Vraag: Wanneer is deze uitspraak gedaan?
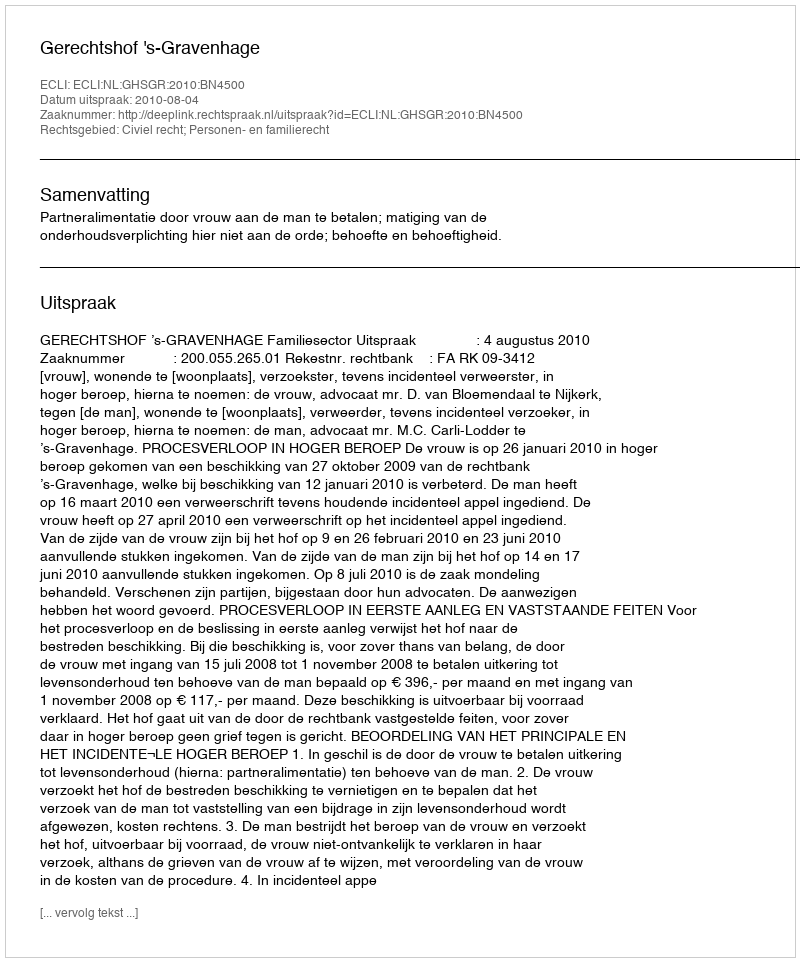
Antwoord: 2010-08-04